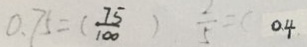
0 . 7 5 = ( \frac { 7 5 } { 1 0 0 } ) \frac { 2 } { 5 } = ( 0 . 4